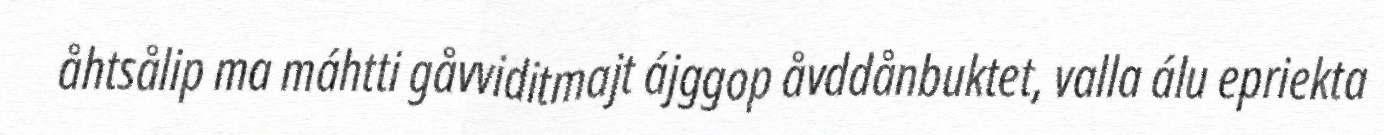
åhtsålip ma máhtti gåvviditmajt ájggop åvddånbuktet, valla álu epriekta